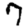
Digit: 7